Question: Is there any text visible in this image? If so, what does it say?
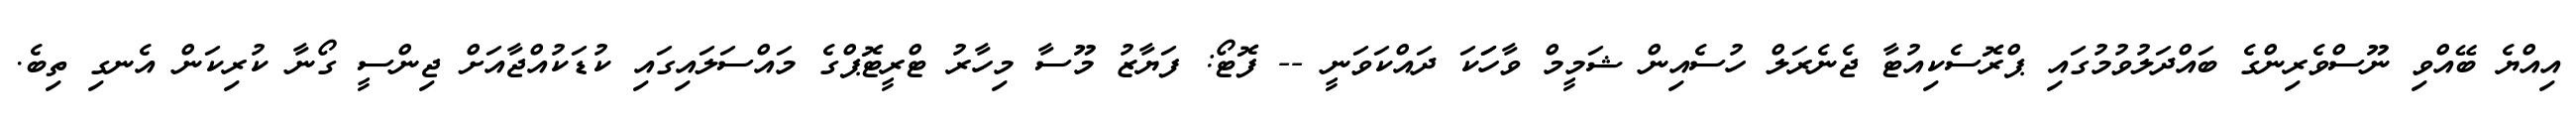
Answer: އިއްޔެ ބޭއްވި ނޫސްވެރިންގެ ބައްދަލުވުމުގައި ޕްރޮސެކިއުޓާ ޖެނެރަލް ހުސެއިން ޝަމީމް ވާހަަކަ ދައްކަވަނީ -- ފޮޓޯ: ފަޔާޒު މޫސާ މިހާރު ޓްރީޓޮޕްގެ މައްސަލައިގައި ކުޑަކުއްޖާއަށް ޖިންސީ ގޯނާ ކުރިކަން އެނގި ތިބެ.